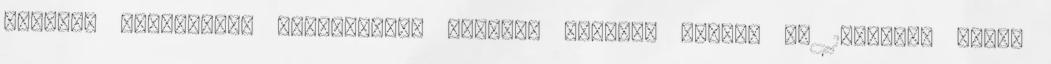
szobás, komfortos, felújításra szoruló családi házat. Az 1970-ben épült